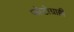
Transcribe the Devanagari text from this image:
फोटोग्राही